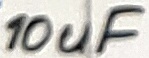
Text: 10uF